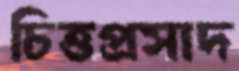
চিত্তপ্রসাদ